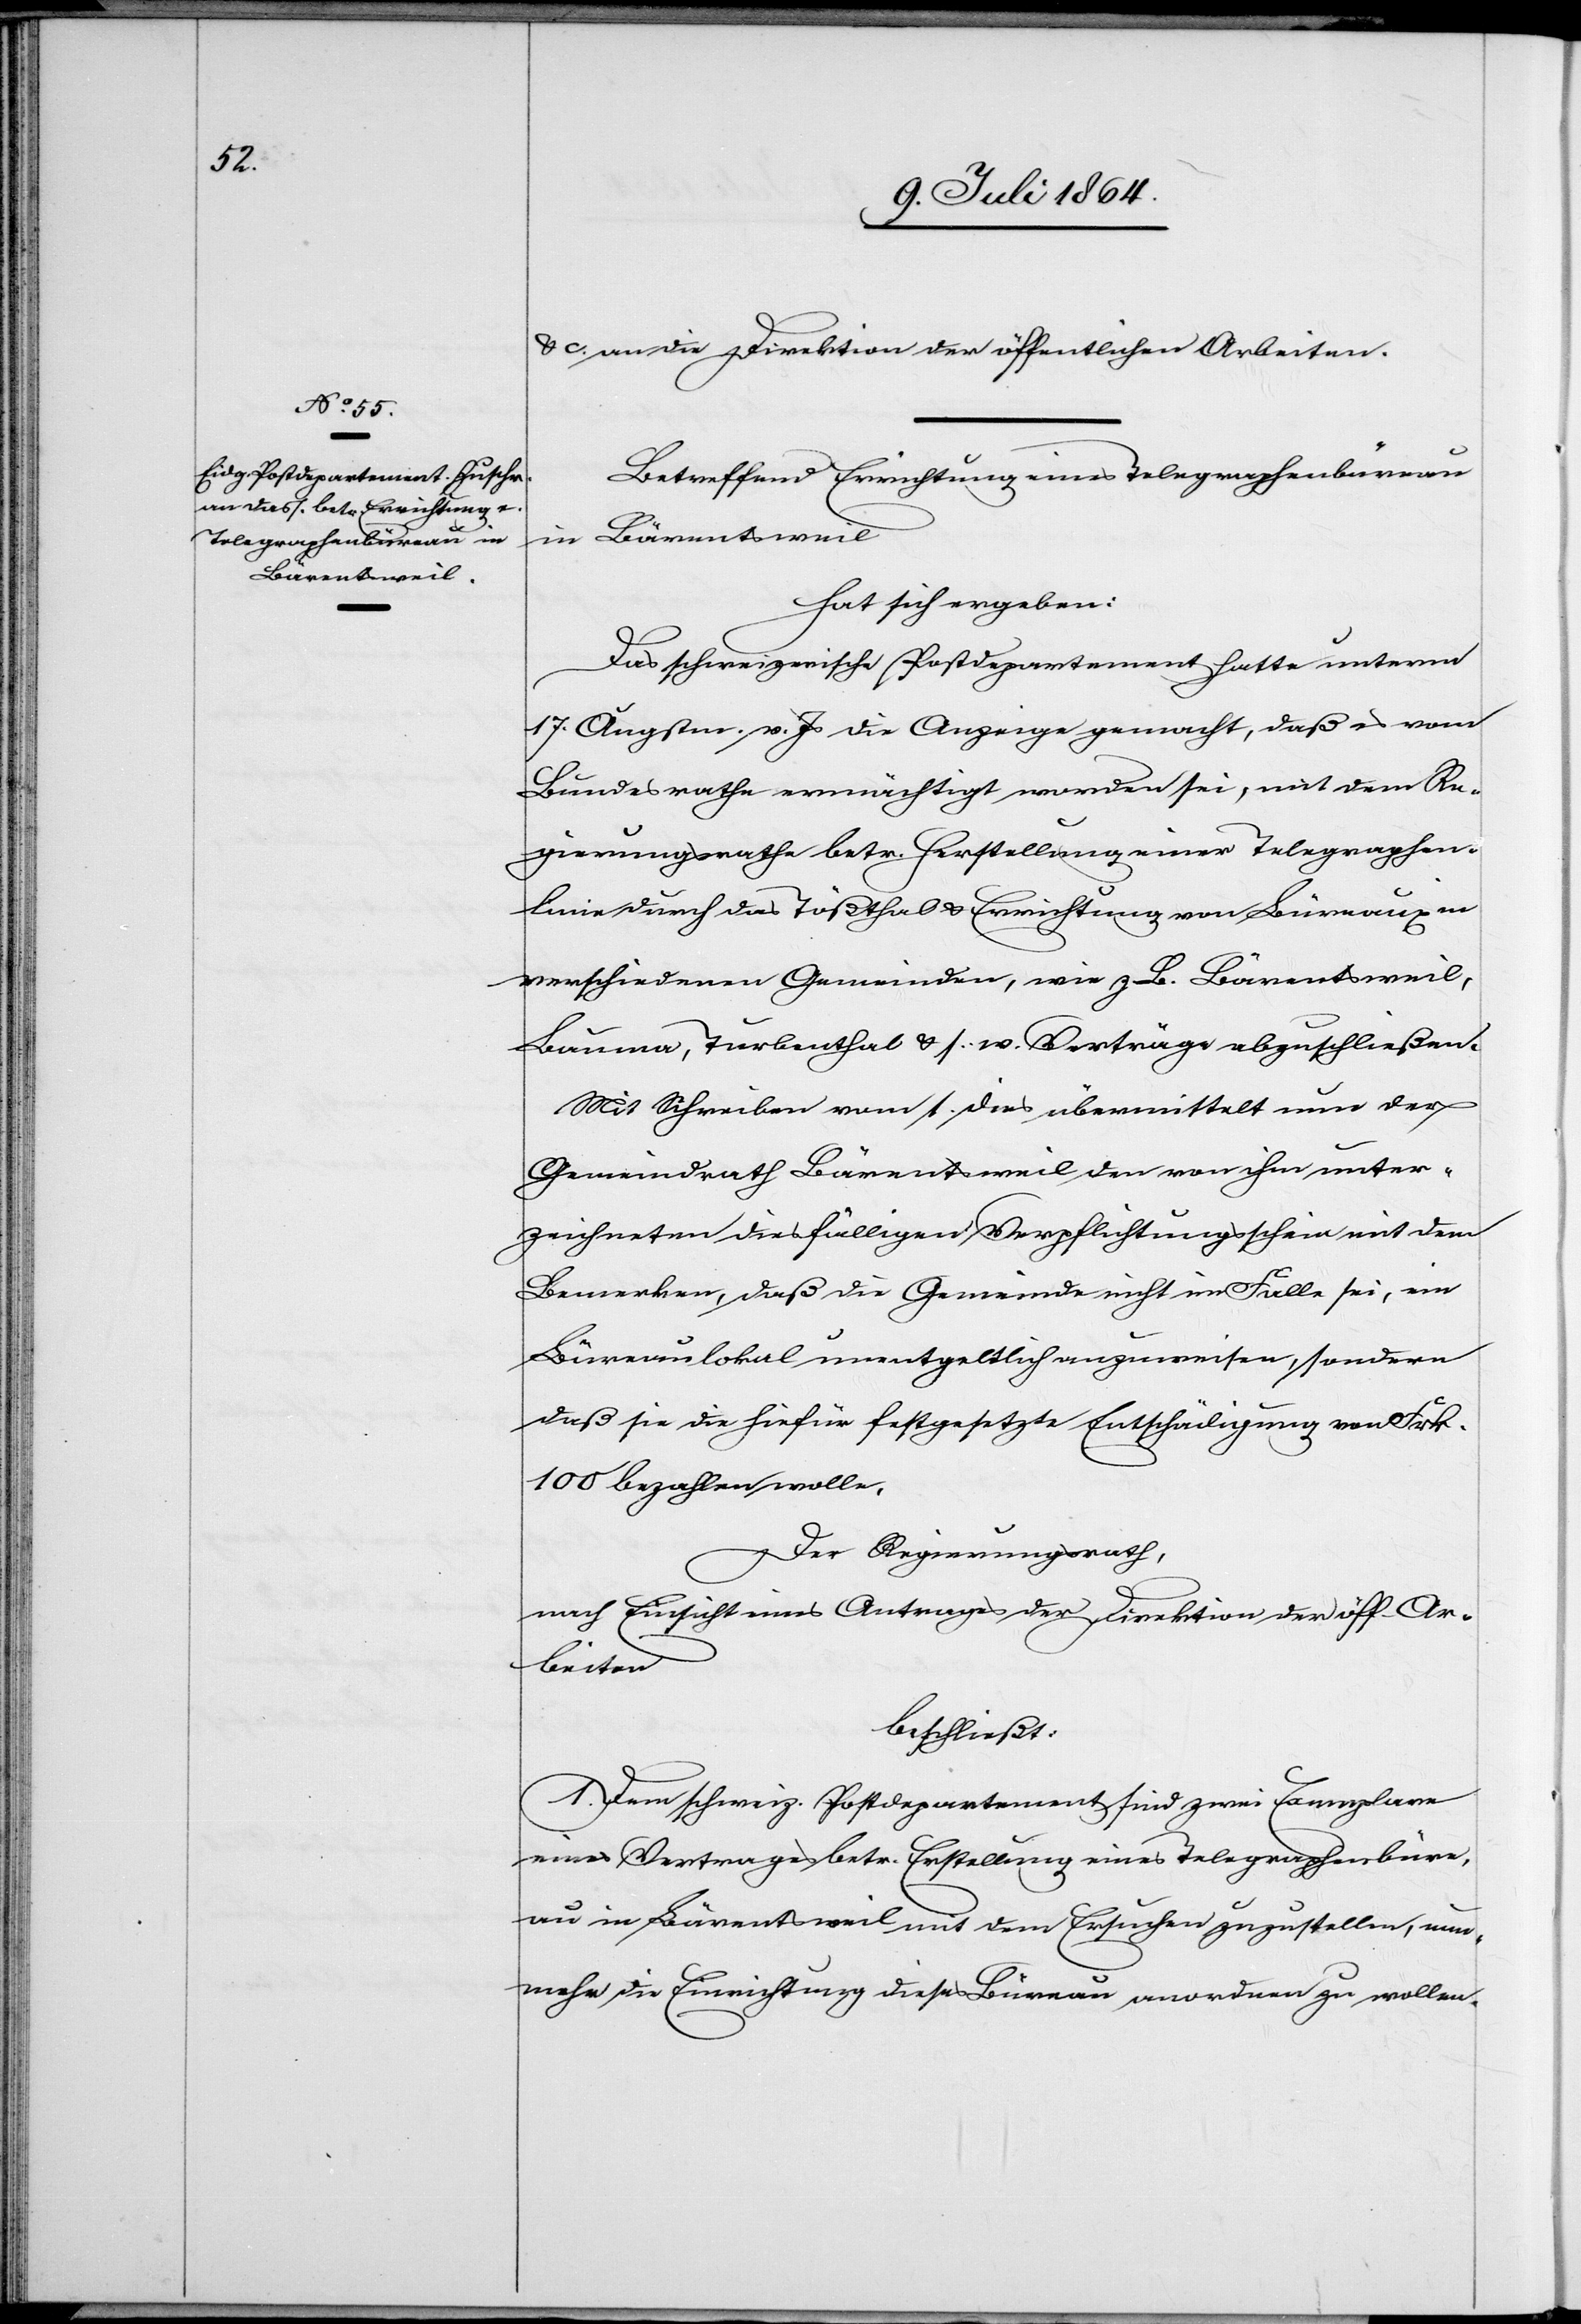
u. c.) an die Direktion der öffentlichen Arbeiten.
Betreffend Einrichtung eines Telegraphenbüreau
in Bärentsweil
hat sich ergeben:
Das schweizerische Postdepartement hatte unterm
17. Augstm. v. Js. die Anzeige gemacht, daß es vom
Bundesrathe ermächtigt worden sei, mit dem Re¬
gierungsrathe betr. Herstellung einer Telegraphen¬
linie durch das Tößthal u. Errichtung von Büreaux in
verschiedenen Gemeinden, wie z. B. Bärentsweil,
Bauma, Turbenthal u. s. w. Verträge abzuschließen.
Mit Schreiben vom 1. dies übermittelt nun der
Gemeindrath Bärentsweil den von ihm unter¬
zeichneten diesfälligen Verpflichtungsschein mit dem
Bemerken, daß die Gemeinde nicht im Falle sei, ein
Büreaulokal unentgeltlich anzuweisen, sondern
daß sie die hiefür festgesetzte Entschädigung von Frk.
100 bezahlen wolle.
Der Regierungsrath,
nach Einsicht eines Antrages der Direktion der öff. Ar¬
beiten
beschließt:
1. Dem schweiz. Postdepartement sind zwei Exemplare
eines Vertrages betr. Erstellung eines Telegraphenbüre¬
au in Bärentsweil mit dem Ersuchen zuzustellen, nun¬
mehr die Einrichtung dieses Büreau anordnen zu wollen.